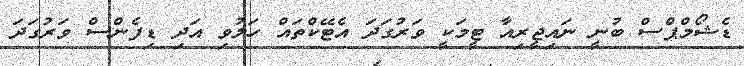
ޑެޝޯމްޕްސް ބުނީ ނައިޖީރިއާ ޓީމަކީ ވަރުގަދަ އެޓޭކްތައް ހަލުވި އަދި ޑިފެންސް ވަރުގަދަ